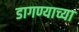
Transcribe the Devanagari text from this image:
डागण्याच्या